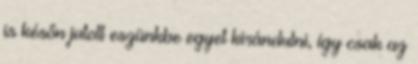
is későn jutott eszünkbe egyet kirándulni, így csak az